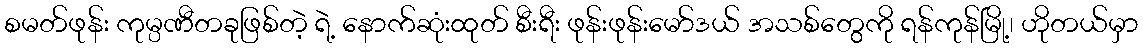
စမတ်ဖုန်း ကုမ္ပဏီတခုဖြစ်တဲ့ ရဲ့ နောက်ဆုံးထုတ် စီးရီး ဖုန်းဖုန်းမော်ဒယ် အသစ်တွေကို ရန်ကုန်မြို့၊ ဟိုတယ်မှာ